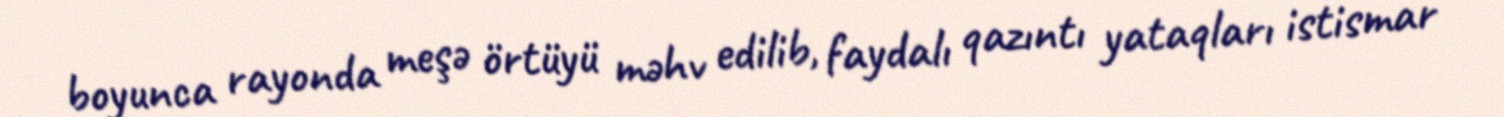
boyunca rayonda meşə örtüyü məhv edilib, faydalı qazıntı yataqları istismar